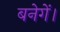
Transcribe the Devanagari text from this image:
बनेगें।